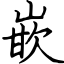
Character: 嵌